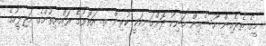
މީގެ ތެރެއިން ހުސެއިން މަނިކު ދޮންމަނިކަކީ ކުރިން ތ. އަތޮޅުގެ ރައްޔިތުންގެ މަޖިލީހުގެ